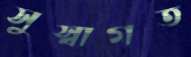
সুস্বাগত